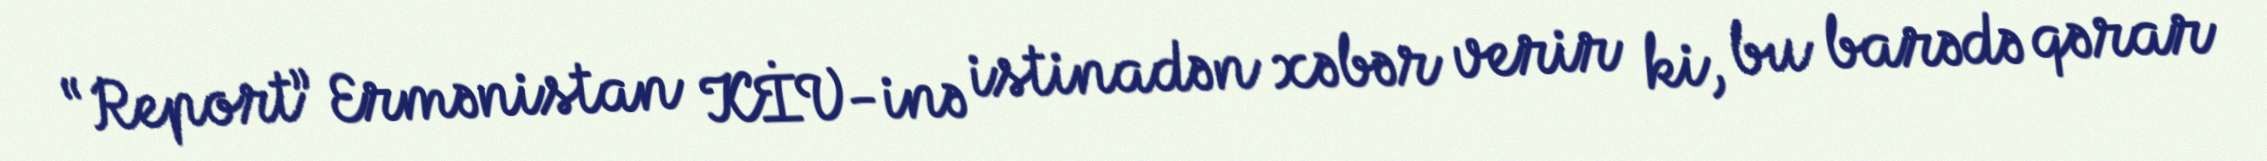
“Report” Ermənistan KİV-inə istinadən xəbər verir ki, bu barədə qərar